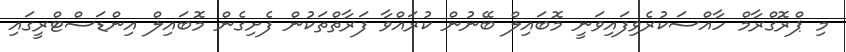
މި ޕްރޮގްރާމް ހާއްސަކުރެވިފައިވަނީ މޮބައިލް ބޭނުން ކުރައްވާ ފަރާތްތަކުން ފެށިގެން މޮބައިލް އިންޑަސްޓްރީގައި